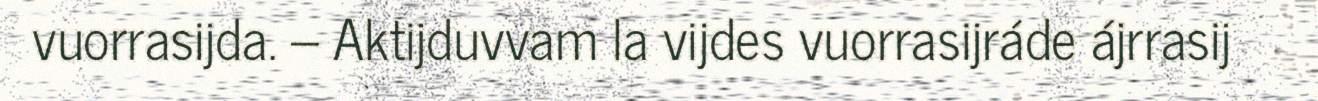
vuorrasijda. – Aktijduvvam la vijdes vuorrasijráde ájrrasij